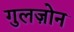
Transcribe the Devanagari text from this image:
गुलज़ोन